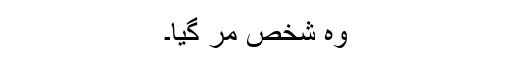
وہ شخص مر گیا۔